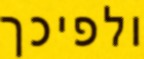
ולפיכך